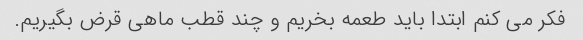
فکر می کنم ابتدا باید طعمه بخریم و چند قطب ماهی قرض بگیریم.